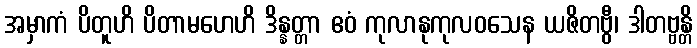
အမှာကံ ပိတူဟိ ပိတာမဟေဟိ ဒိန္နတ္တာ ဧဝံ ကုလာနုကုလဝသေန ယဇိတဗွီ၊ ဒါတဗ္ဗန္တိ